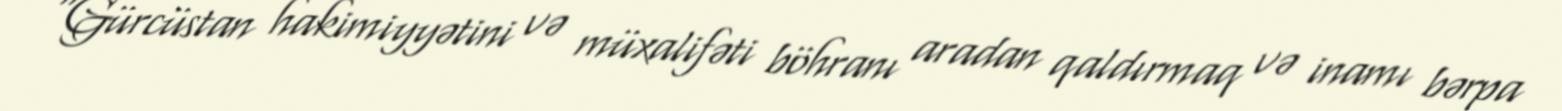
“Gürcüstan hakimiyyətini və müxalifəti böhranı aradan qaldırmaq və inamı bərpa